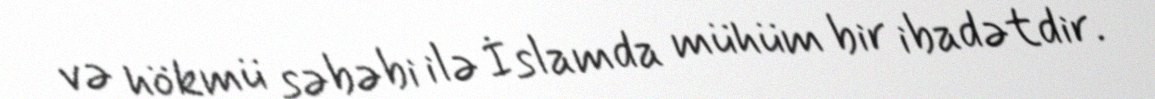
və hökmü səbəbi ilə İslamda mühüm bir ibadətdir.